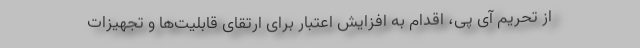
از تحریم آی پی، اقدام به افزایش اعتبار برای ارتقای قابلیت‌ها و تجهیزات